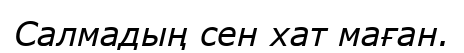
Салмадың сен хат маған.